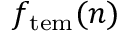
f _ { \mathrm { t e m } } ( n )